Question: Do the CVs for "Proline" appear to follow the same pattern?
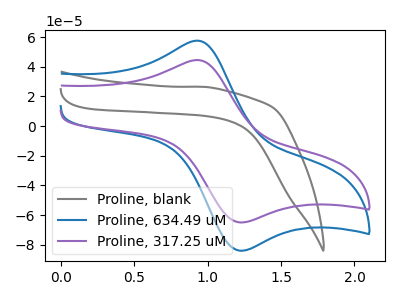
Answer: <think>The gray curve "Proline, blank" has no peaks. The blue curve "Proline, 634.49 uM" has an anodic peak at (0.95V, 57.55uA) and a cathodic peak at (1.25V, -84.00uA). The purple curve "Proline, 317.25 uM" has an anodic peak at (0.95V, 44.50uA) and a cathodic peak at (1.25V, -64.95uA).
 "Proline, blank" and "Proline, 634.49 uM" have a different number of peaks. "Proline, blank" and "Proline, 317.25 uM" have a different number of peaks. All the peaks in "Proline, 634.49 uM" have a peak in "Proline, 317.25 uM" at the same potential. Every peak in "Proline, 634.49 uM" is higher than every peak in "Proline, 317.25 uM".</think>
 <answer>All the CV's of "Proline" have similar shape.</answer>
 <eval>follow_rule</eval>